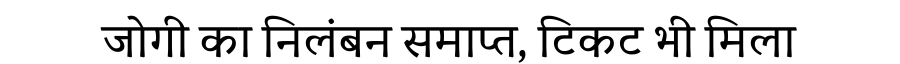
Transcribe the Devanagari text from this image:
जोगी का निलंबन समाप्त, टिकट भी मिला